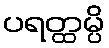
ပရတ္ထမ္ပိ